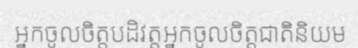
អ្នកចូលចិត្តបដិវត្តអ្នកចូលចិត្តជាតិនិយម